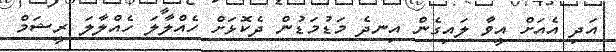
އަދި އެއަށް އީވާ ލައިގެން އިނދެ މަޑުމަޑުން ދެކޮޅަށް ހެއްލާލަ ހެއްލާލަ ރީޝަމް